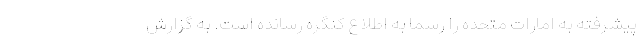
پیشرفته به امارات متحده را رسما به اطلاع کنگره رسانده است. به گزارش